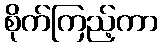
စိုက်ကြည့်ကာ